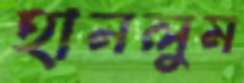
হানলুম